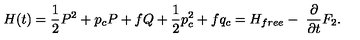
H ( t ) = { \frac 1 2 } P ^ { 2 } + p _ { c } P + f Q + { \frac 1 2 } p _ { c } ^ { 2 } + f q _ { c } = H _ { f r e e } - { \ \frac \partial { \partial t } } F _ { 2 } .